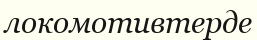
локомотивтерде